Mustjala_vallavalitsus, lk 19
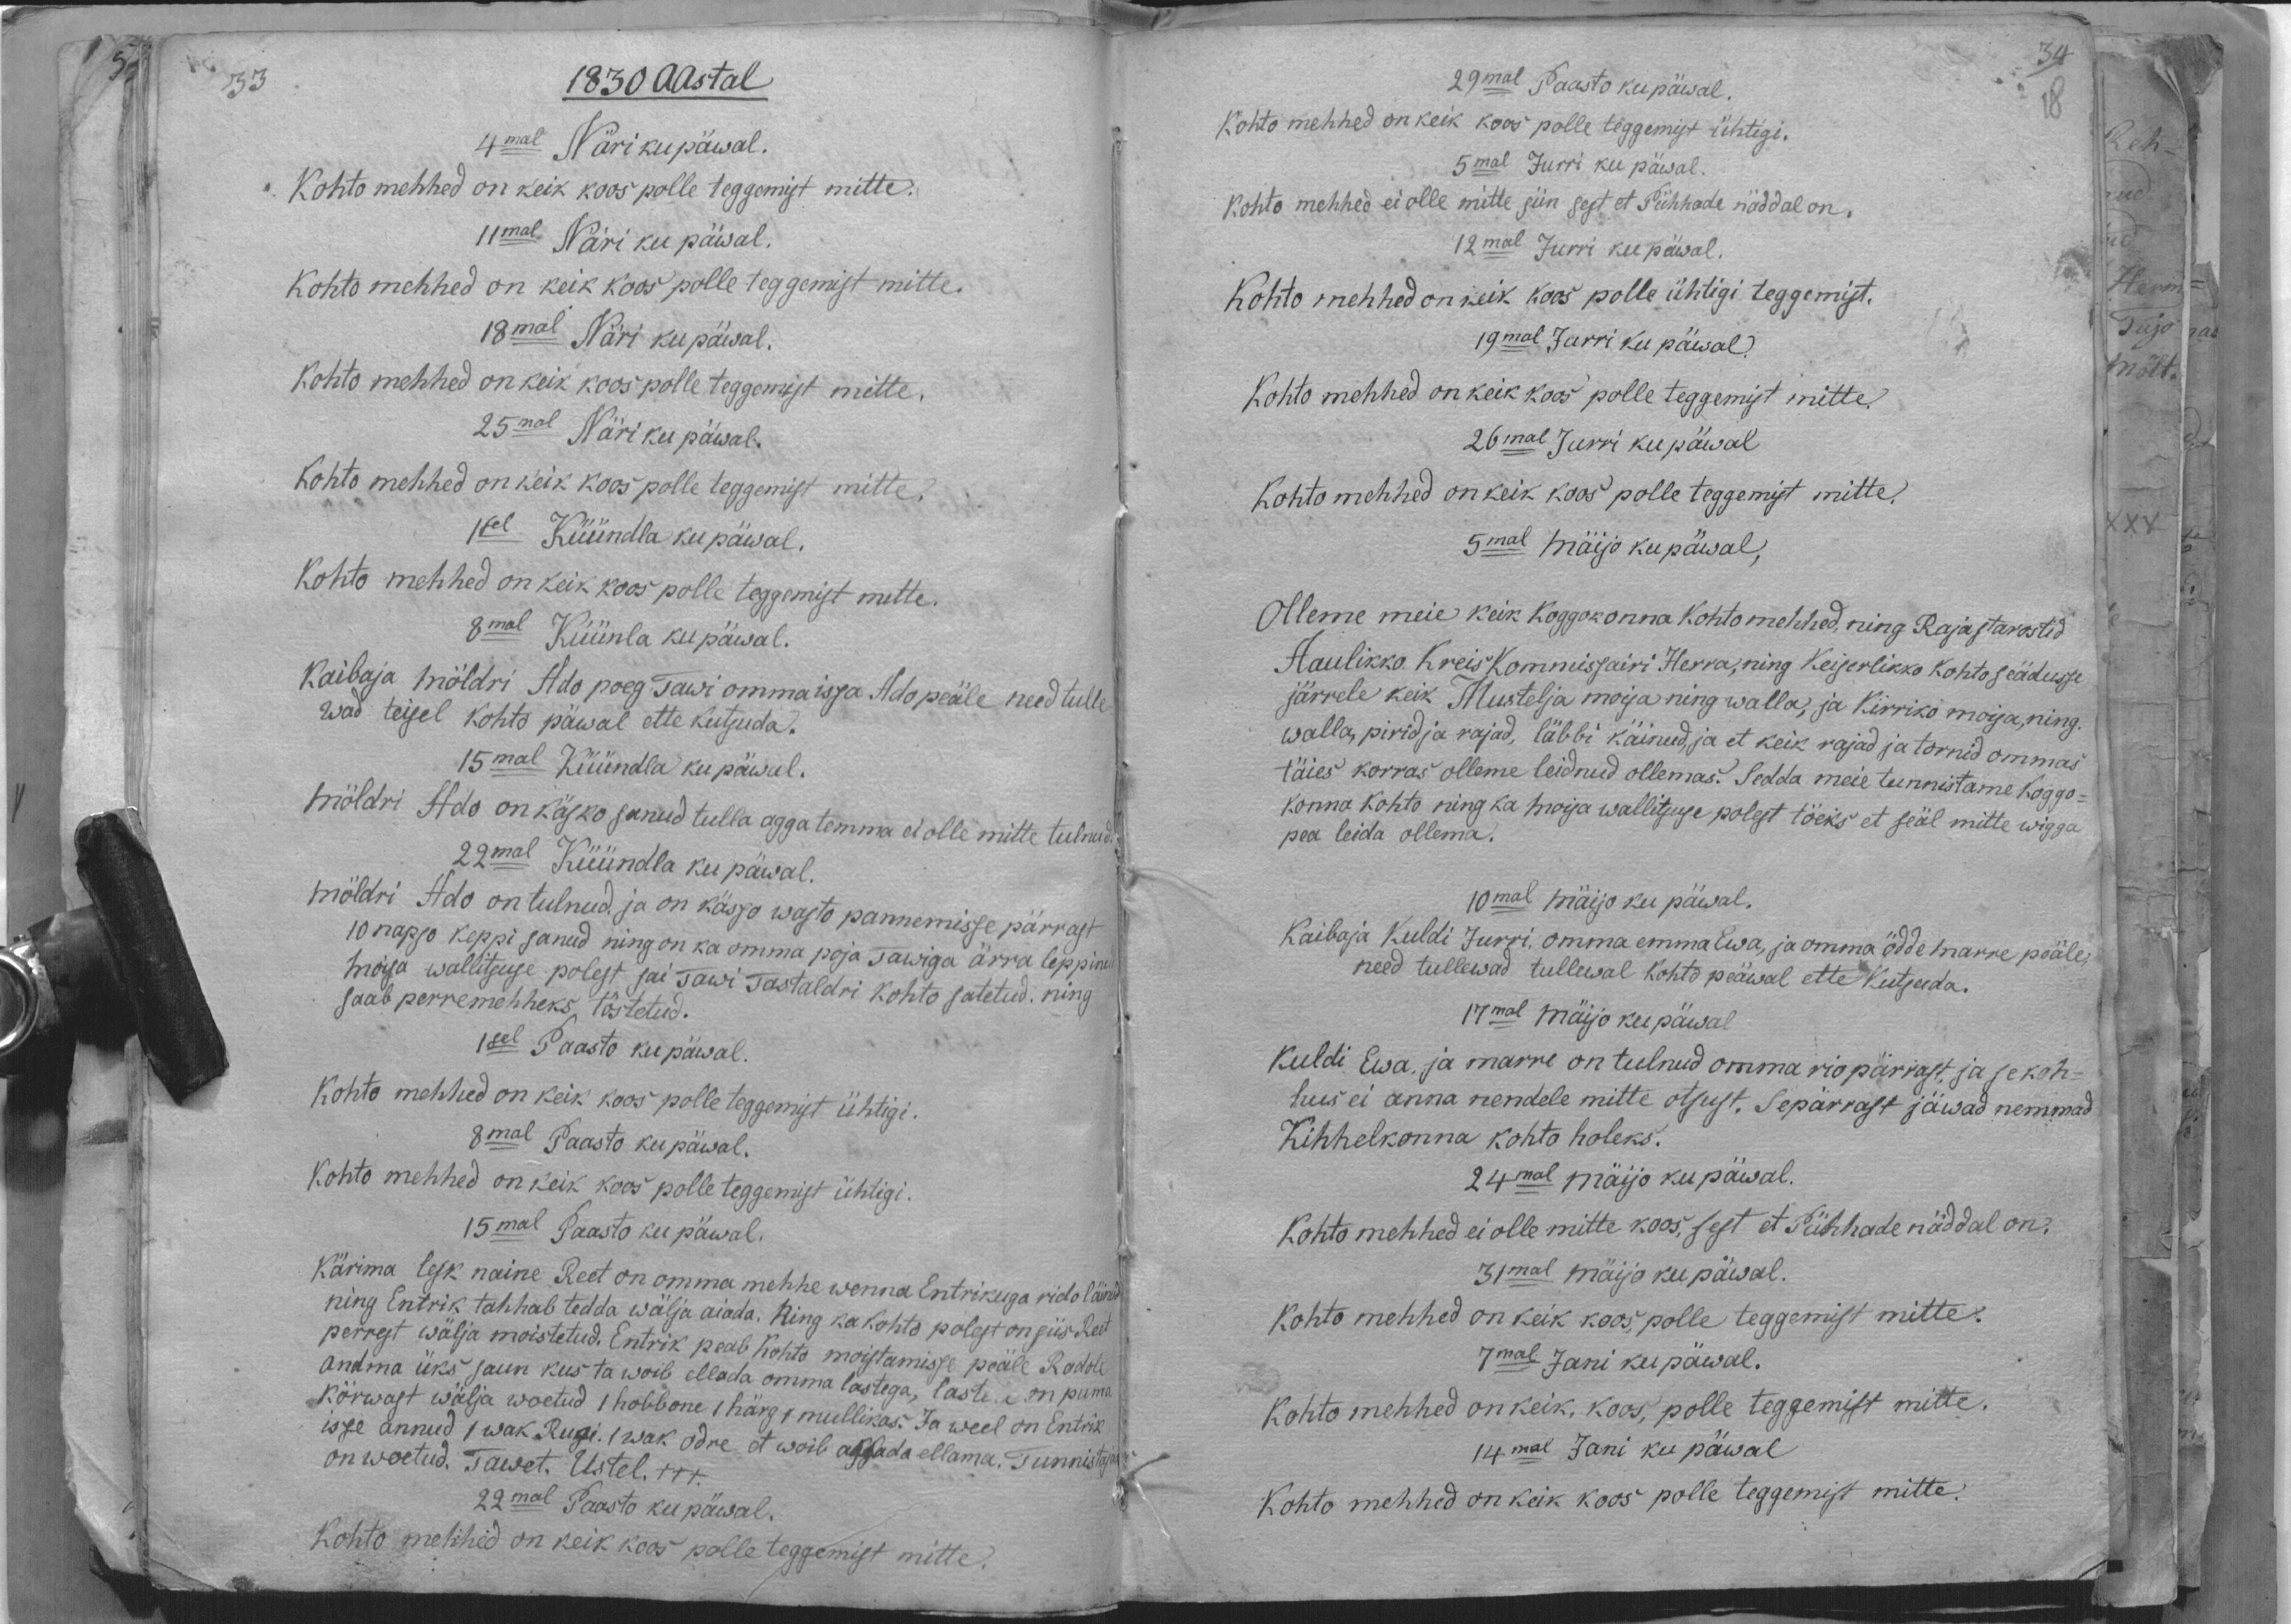
1830 Aastal
4mal Näri kü päwal.
Kohto mehhed on keik koos polle teggemist mitte.
11mal. Näri ku päwal.
Kohto mehhed on keik koos polle teggemist mitte.
18mal Näri ku päewal.
Kohto mehhed on keik koos polle teggemist mitte.
25mal Näri ku päwal.
Kohto mehhed on keik koos polle teggemist mitte.
1sel Küündla ku päwal.
Kohto mehhed on keik koos polle teggemist mitte.
8mal Küündla ku päwal.
Kaibaja möldri Ado poeg Tawi omma issa Ado peäle need tulle
wad teisel kohto päwal ette kutsuda.
15mal Küündla ku päwal.
Möldri Ado on käsko sanud tulla agga temma ei olle mitte tulnud.
22mal Küündla ku päwal.
möldri Ado on tulnud. ja on käsjo wasto pannemisse pärrast
10 napso keppi sanud ning on ka omma poja Tawiga ärra leppinud
mõisa wallitsuse polest sai Tawi Tastaldri Kohto satetud ning
saab perremehheks töstetud.
1sel Paasto ku päwal.
Kohto mehhed on keik koos polle teggemist ühtigi.
8mal Paasto keepäwal.
Kohto mehhed on keik koos polle teggemist ühtigi.
15mal Paasto ku päwal.
Kärima lesk naine Reet on omma mehhe wenna Entrikuga rido läinud
ning Entrik tahhab tedda wälja aiada. Ning ka kohto polest on siis. Reet
perrest wälja moistetud. Entrik peab kohto moistamisse peäle Radole
andma üks saun kus ta woib ellada omma lastega, lastele on puma
Körwast wälja wõetud 1 hobbone 1 härg 1 mullikas. Ja weel on Entrik
issw annud 1 wak Rugi. 1wak odre, et woib aggada ellama. Tunnistajas
on wõetud. Tawet. Ustel +++
22mal Paasto ku päwal.
Kohto mehhed on keik koos polle teggemist mitte.

29mal Paasto ku päwal.
Kohto mehhed on keik koos polle teggemist ühtigi.
5mal Jurri ku päwal.
Kohto mehhed ei olle mitte siin sest et Pühhade näddal on.
12mal Jurri ku päwal.
Kohto mehhed on keik koos polle ühtigi teggemist.
19mal Jurri ku päwal.
Kohto mehhed on keik koos polle teggemist mitte.
26mal Jurri ku päwal
Kohto mehhed on keik koos polle teggemist mitte.
5mal mäijo ku päwal,
Ollime meie keik koggokonna kohto mehhed, ning Raja starostid
Aaulikko Kreis Kommissairi Herra, ning Keiserlikko kohto seädusse
järrele keik Mustelja moisa ning walla, ja Kirriko moisa, ning
walla, pirid ja rajad, läbbi käinud, ja et keik rajad ja tornid ommas
täies korras olleme leidnud ollemas. Sedda meie tunnistame koggo-
konna kohto ning ka moisa wallituse polest töeks et sääl mitte wigga
pea leida ollema.
10mal mäijo ku päwal.
Kaibaja Kuldi Jurri, omma emma Ewa, ja omma ödde marre peäle,
need tullewad tullewal kohto peäwal ette kutsuda.
17mal mäijo ku päwal
Kuldi Ewa, ja marre on tulnud omma rio pärrast, ja se koh-
hus ei anna nendele mitte otsust. Sepärrast jäwad nemmad
Kihhelkonna kohto holeks.
24mal mäijo ku päwal.
Kohto mehhed ei olle mitte koos, sest et Pühhade näddal on.
31mal mäija ku päeval.
Kohto mehhed on keik koos, polle teggemist mitte.
7mal Jani ku päwal.
Kohto mehhed on keik, koos, polle teggemist mitte.
14mal Jani ku päwal
Kohto mehhed on keik koos polle teggemist mitte.